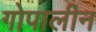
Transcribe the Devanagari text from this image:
गोपालीन